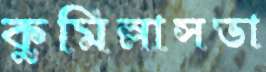
কুমিল্লাসভা